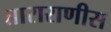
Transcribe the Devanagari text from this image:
ताराराणीस